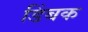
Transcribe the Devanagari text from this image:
डिंबक